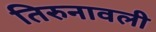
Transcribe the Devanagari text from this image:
तिरुनावली